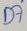
Text: D7